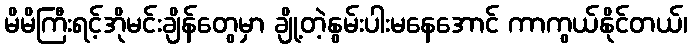
မိမိကြီးရင့်အိုမင်းချိန်တွေမှာ ချို့တဲ့နွမ်းပါးမနေအောင် ကာကွယ်နိုင်တယ်၊